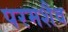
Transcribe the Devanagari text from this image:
परमशैव